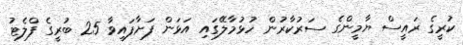
ކުރީގެ ރައީސް ޔާމީންގެ ސަރުކާރުން ހުޅުމާލޭގައި އަޅަން ފަށާފައިވާ 25 ބުރީގެ ފްލެޓު